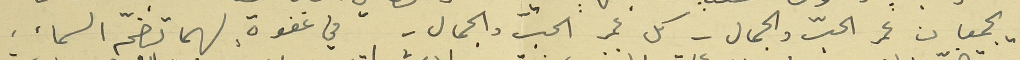
يجمعان عمر الحبّ والجمال - كل عمر الحبّ والجمال - في غفوةٍ لهما تضمّه السماء،